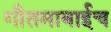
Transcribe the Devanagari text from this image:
गौतमाबाईच